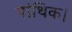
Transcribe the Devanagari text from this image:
पांथिक।